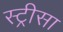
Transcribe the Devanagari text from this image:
स्ट्रीसा